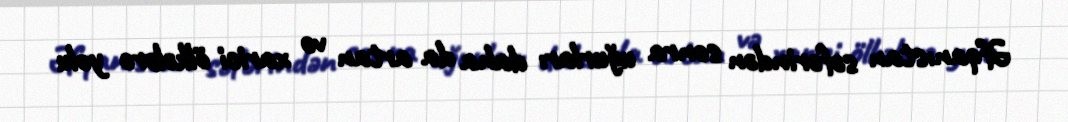
Əfqanıstan səfərindən sonra uğurları daha da artan və xarici ölkələrə yolu